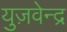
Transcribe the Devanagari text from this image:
युज़वेन्द्र